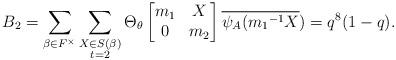
LaTeX: \begin{align*} B_{2}=\displaystyle \sum_{\beta \in F^{\times}} \sum_{\substack{X\in S(\beta) \\ t=2 }}\Theta_{\theta} \begin{bmatrix} m_{1} & X\\0 & m_{2}\end{bmatrix}\overline{\psi_{A}({m_{1}}^{-1}X})=q^{8}(1-q).\end{align*}